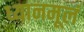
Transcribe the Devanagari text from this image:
ध्यानमूलं